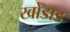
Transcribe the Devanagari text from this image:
खोडाड